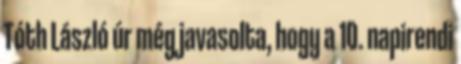
Tóth László úr még javasolta, hogy a 10. napirendi